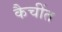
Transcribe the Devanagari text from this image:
कैचींत